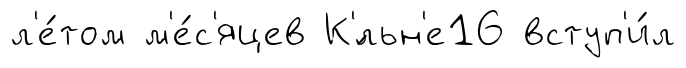
л'е́том м'е́с'яцев К'́льн'е16 вступ'и́л